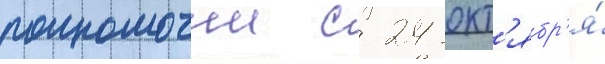
полномочии с 24 окт'ябр'я́